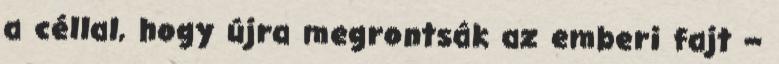
a céllal, hogy újra megrontsák az emberi fajt –